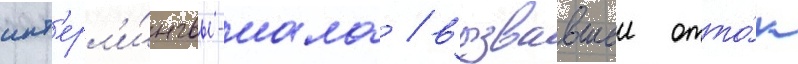
инт'ерл'и́нгвы-иала / вызвавшеи отто́к